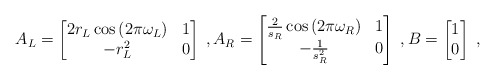
\begin{align*}A_L = \begin{bmatrix}2 r_L \cos \left( 2 \pi \omega_L \right) & 1 \\-r_L^2 & 0\end{bmatrix} \;, A_R = \begin{bmatrix}\frac{2}{s_R} \cos \left( 2 \pi \omega_R \right) & 1 \\-\frac{1}{s_R^2} & 0\end{bmatrix} \;, B = \begin{bmatrix}1 \\ 0\end{bmatrix} \;,\end{align*}